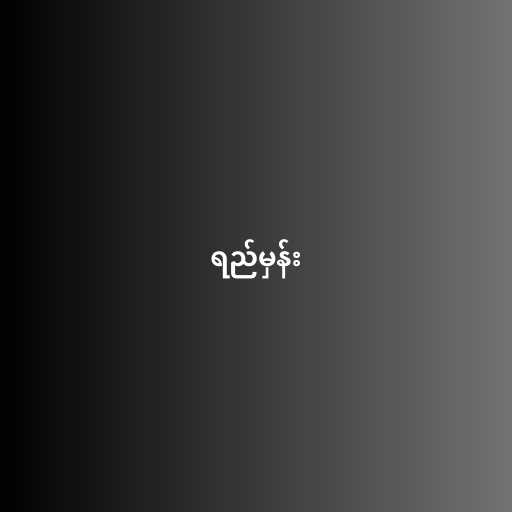
ရည်မှန်း